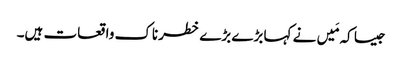
جیسا کہ مَیں نے کہا بڑے بڑے خطرناک واقعات ہیں۔